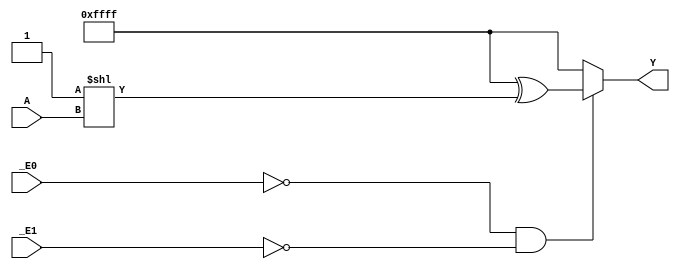
// License: Mozilla Public License : Version 2.0
// 4-16 decoder
// https://assets.nexperia.com/documents/data-sheet/74HC_HCT154.pdf
               
`ifndef hct74154
`define hct74154

`timescale 1ns/1ns

module hct74154(_E0, _E1, A, Y);
    input _E0, _E1;
    input [3:0] A;
    output [15:0] Y;

    wire [15:0] x = 16'hffff ^ (2**A);
    
    assign #(13) Y = !_E0 & !_E1 ? x: 16'hffff;

endmodule


`endif